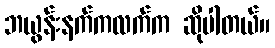
ဘယွန်းနက်ကလက်က ဆိုပါတယ်။